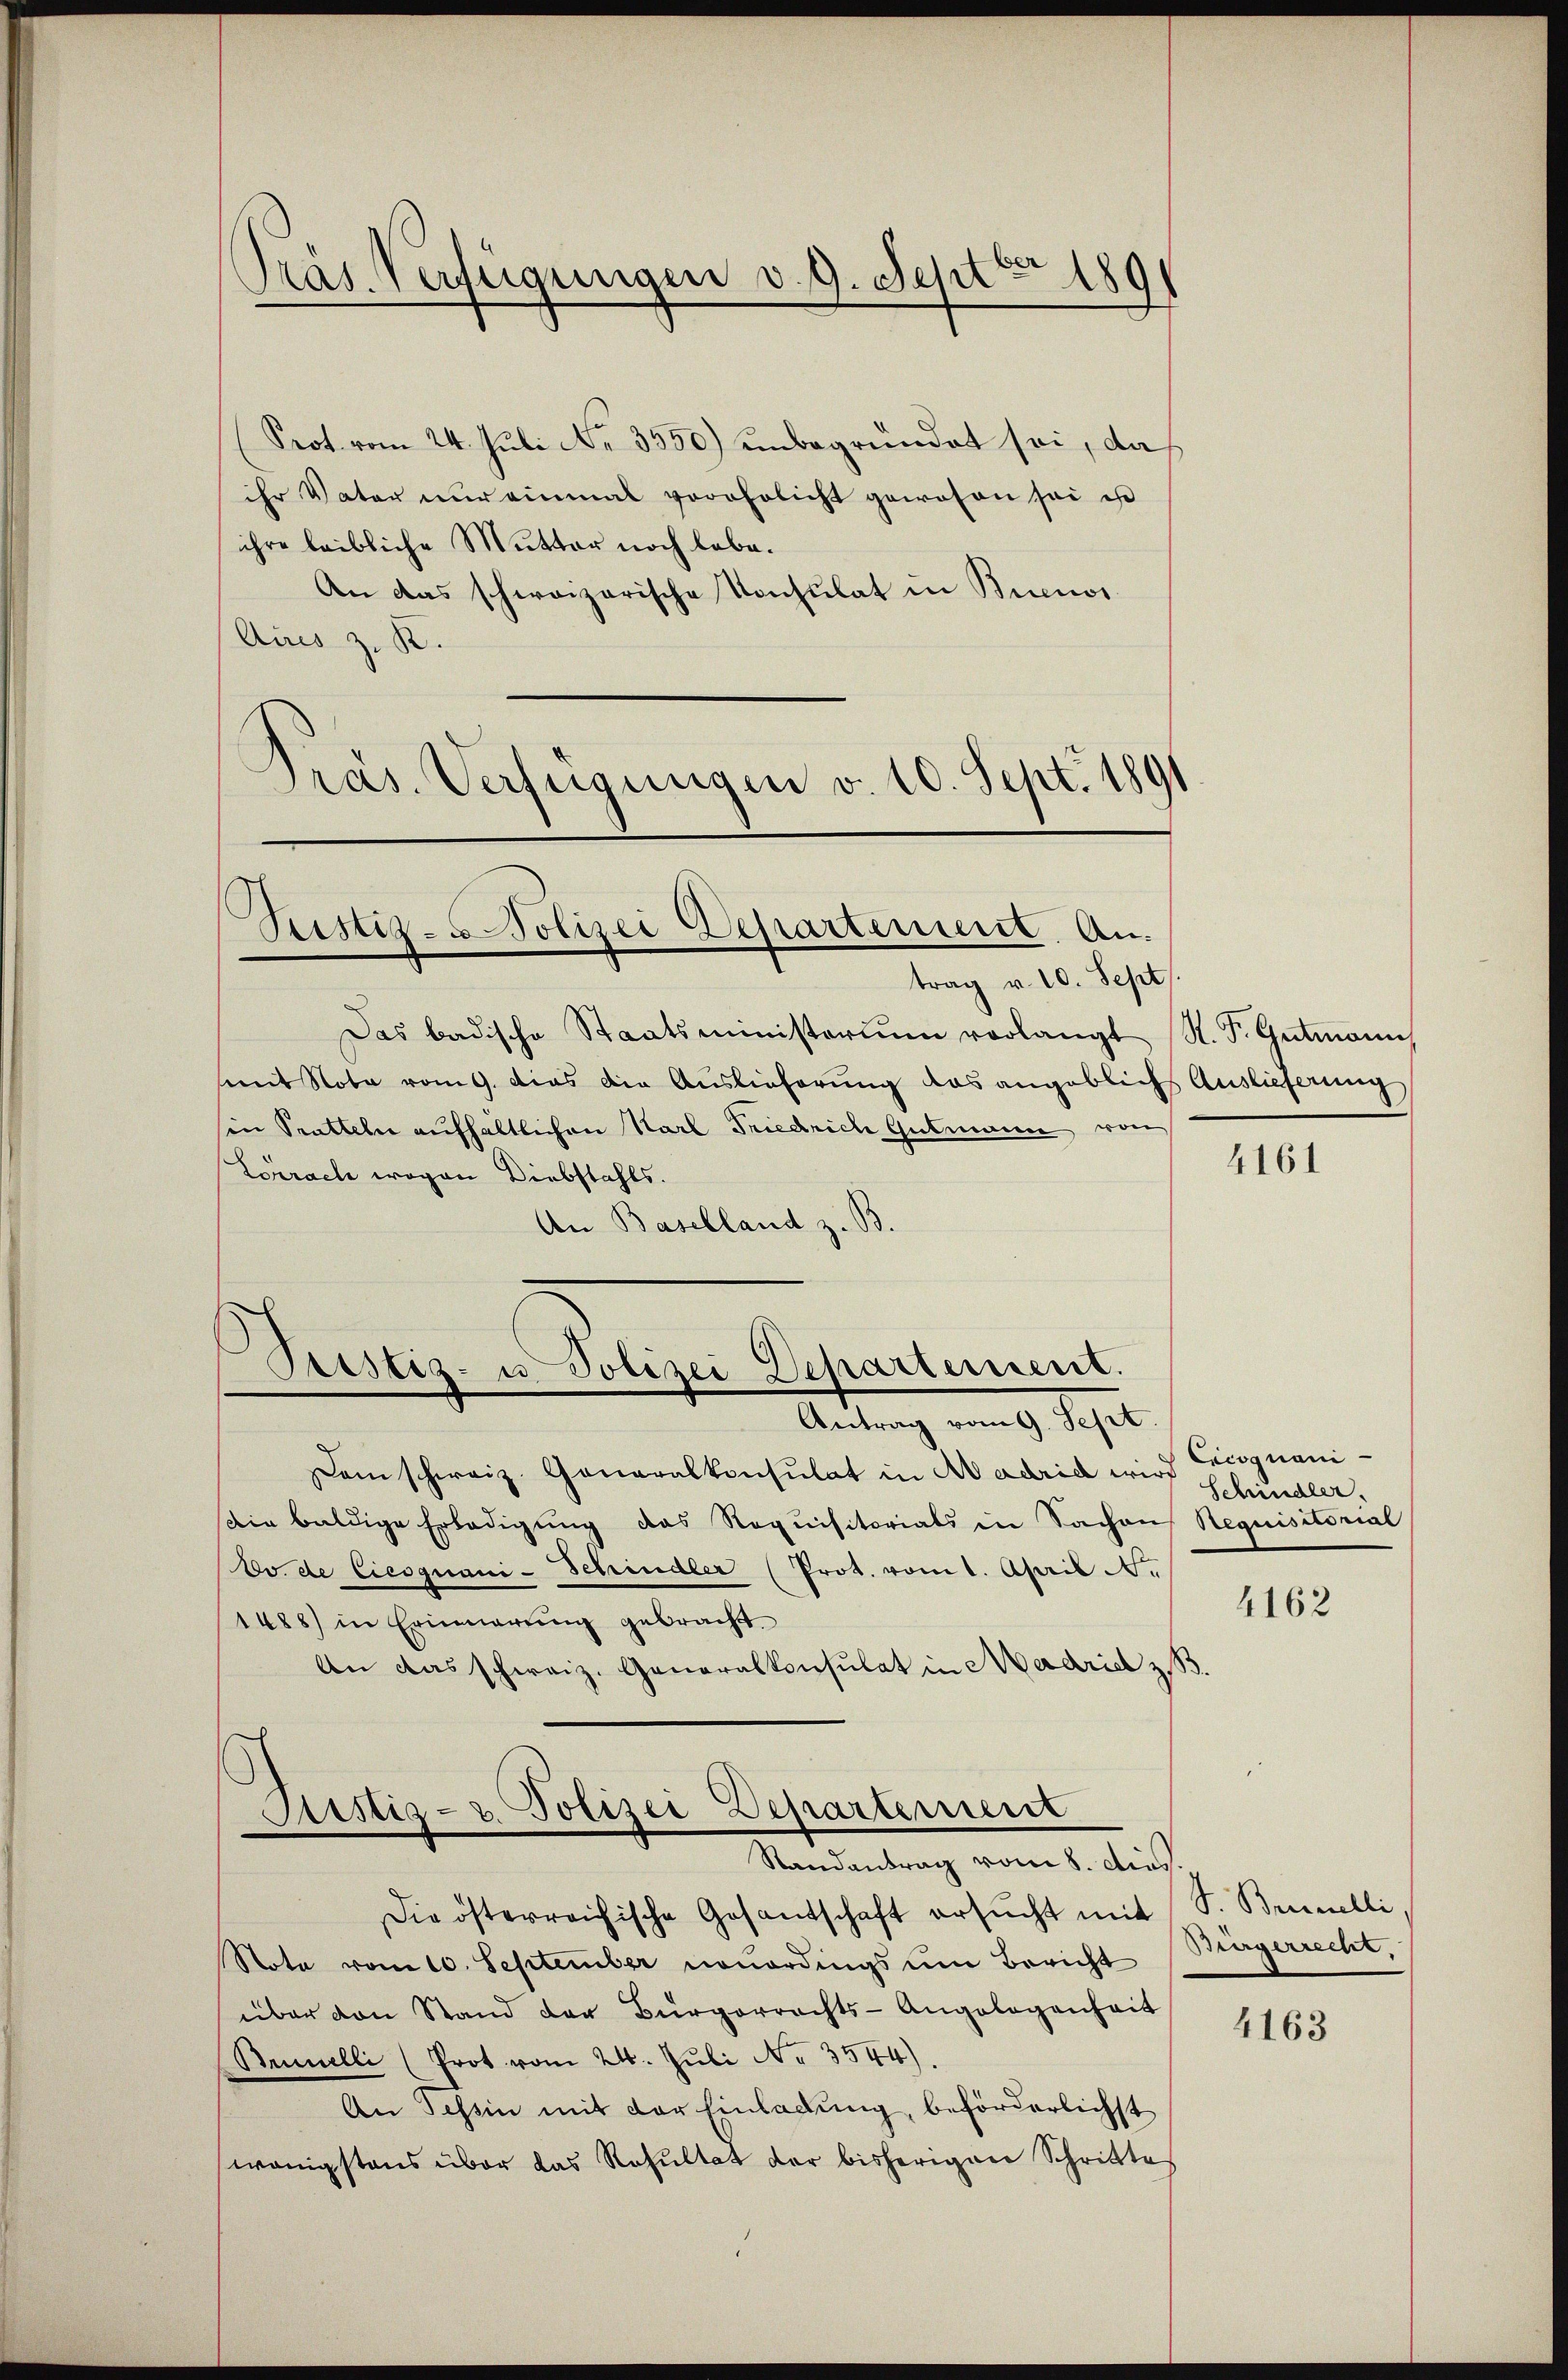
Präs. Verfügungen v. 9. Sept. 189

Prot vom 24. Juli No 3550) unbegründet sei, daß
ihr Vater nur einmal vorehelicht gewesen sei ist
ihre leibliche Mutter noch lebe.
An das schweizerische Konsulat in Buenos
Aires z. K.
Pras. Verfügungen v. 10. Sept. 1891

Justiz-Polizei Departement. An¬

Pristig- u. Polizei Departement.
Antrag vom 9. Sept.

Justiz- & Polizei Departement
Randantrag vom 8. Aus

trag v. 10. Sept.
Das badische Staatsministerium vorlangt R. P. Gutmann,
mit Note vom 9. dies die Auslieferung das angeblich Auslieferung
sin Pratteln aufhaltlichen Karl Friedrich Gutmann von
Lörrach wegen Diebstahls.
An Baselland z. B

Dem schweiz. Generalkonsulat in Madrid wird
Die baldige Erledigung das Requisitorials in Sachen Requisitorial
Ev. de Cicoquani-Schindler (Prot. vom 1. April N.
1488) in Erinnerŭng gebracht.
An das schweiz. Generalkonsulat in Madrid z. B.

Die österreichische Gesandschaft ersŭcht mit S. Brinelli,
Note vom 10. September neŭerdings ŭm Bericht Bürgerrecht,
über von Stand der Bürgerrechts-Angelegenheit
Munelli (Prot vom 24. Juli No 3544).
An Tessin mit der Einladung, beförderlichst
wenigstens über das Resultat der bisherigen Schrittes

4161

Excognani
Schindler.

4162

4163